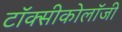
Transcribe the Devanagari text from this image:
टॉक्सीकोलॉजी